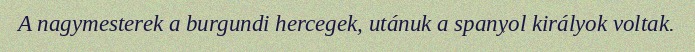
A nagymesterek a burgundi hercegek, utánuk a spanyol királyok voltak.